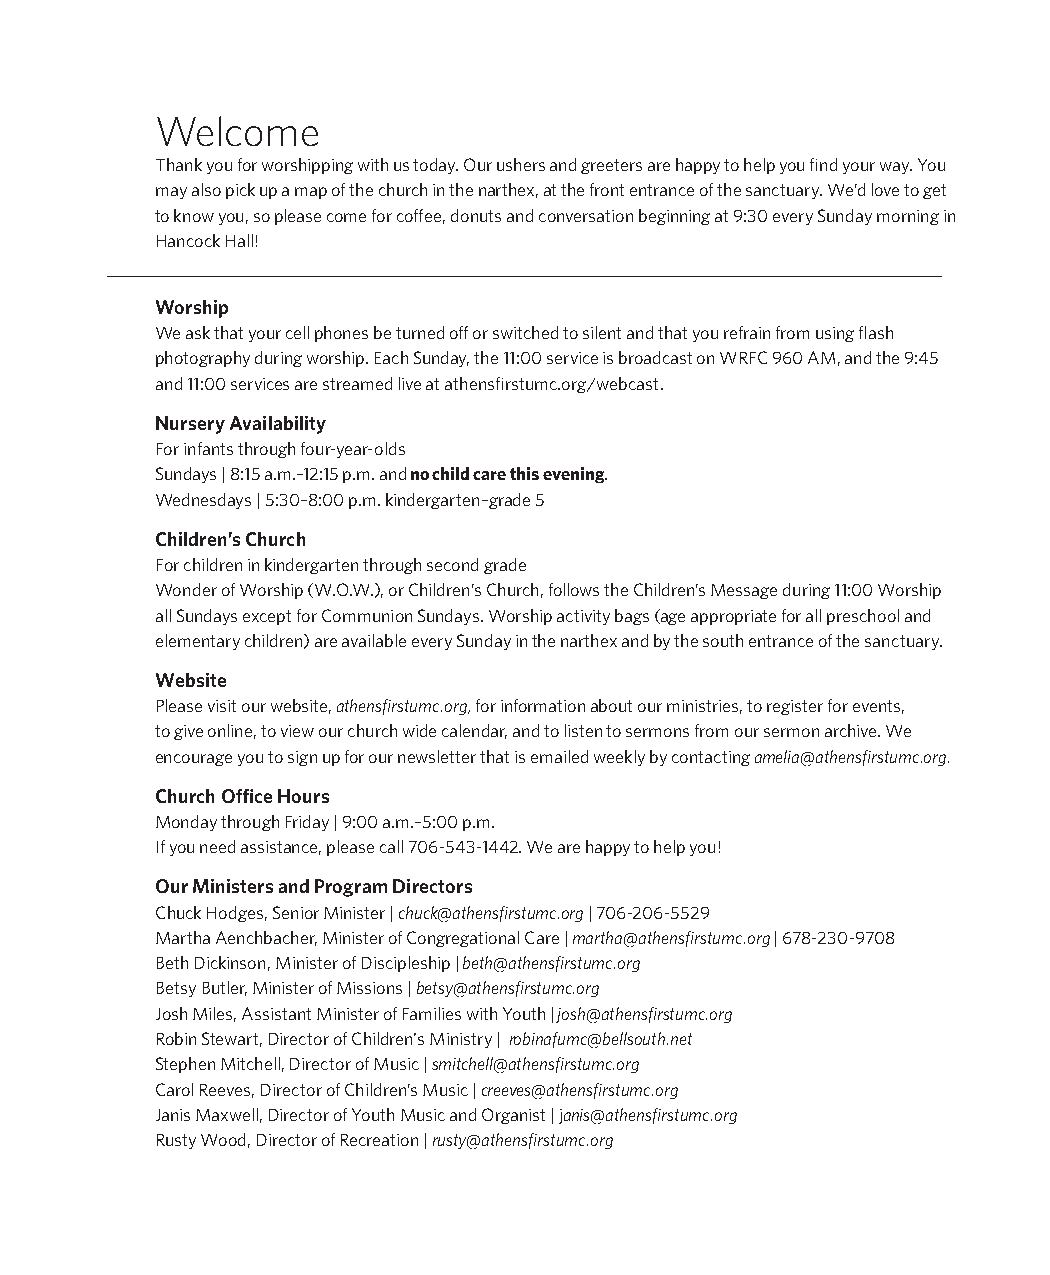
Welcome
 Thank you for worshipping with us today. Our ushers and greeters are happy to help you find your way. You
 may also pick up a map of the church in the narthex, at the front entrance of the sanctuary. We’d love to get
 to know you, so please come for coffee, donuts and conversation beginning at 9:30 every Sunday morning in
 Hancock Hall!
 Worship
 We ask that your cell phones be turned off or switched to silent and that you refrain from using flash
 photography during worship. Each Sunday, the 11:00 service is broadcast on WRFC 960 AM, and the 9:45
 and 11:00 services are streamed live at athensfirstumc.org/webcast.
 Nursery Availability
 For infants through four-year-olds
 Sundays | 8:15 a.m.–12:15 p.m. and no child care this evening.
 Wednesdays | 5:30–8:00 p.m. kindergarten–grade 5
 Children’s Church
 For children in kindergarten through second grade
 Wonder of Worship (W.O.W.), or Children’s Church, follows the Children’s Message during 11:00 Worship
 all Sundays except for Communion Sundays. Worship activity bags (age appropriate for all preschool and
 elementary children) are available every Sunday in the narthex and by the south entrance of the sanctuary.
 Website
 Please visit our website, athensfirstumc.org, for information about our ministries, to register for events,
 to give online, to view our church wide calendar, and to listen to sermons from our sermon archive. We
 encourage you to sign up for our newsletter that is emailed weekly by contacting amelia@athensfirstumc.org.
 Church Office Hours
 Monday through Friday | 9:00 a.m.–5:00 p.m.
 If you need assistance, please call 706-543-1442. We are happy to help you!
 Our Ministers and Program Directors
 Chuck Hodges, Senior Minister | chuck@athensfirstumc.org | 706-206-5529
 Martha Aenchbacher, Minister of Congregational Care | martha@athensfirstumc.org | 678-230-9708
 Beth Dickinson, Minister of Discipleship | beth@athensfirstumc.org
 Betsy Butler, Minister of Missions | betsy@athensfirstumc.org
 Josh Miles, Assistant Minister of Families with Youth | josh@athensfirstumc.org
 Robin Stewart, Director of Children's Ministry | robinafumc@bellsouth.net
 Stephen Mitchell, Director of Music | smitchell@athensfirstumc.org
 Carol Reeves, Director of Children’s Music | creeves@athensfirstumc.org
 Janis Maxwell, Director of Youth Music and Organist | janis@athensfirstumc.org
 Rusty Wood, Director of Recreation | rusty@athensfirstumc.org